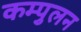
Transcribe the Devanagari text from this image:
कम्पुलन